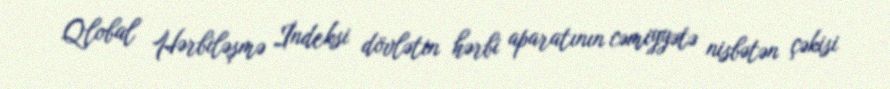
Qlobal Hərbiləşmə İndeksi dövlətin hərbi aparatının cəmiyyətə nisbətən çəkisi